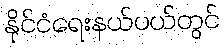
နိုင်ငံရေးနယ်ပယ်တွင်